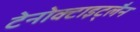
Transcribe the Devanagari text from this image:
टेनोक्टाइट्लैन